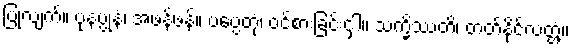
ပြုလျက်။ ပုနပ္ပုနံ၊ အဖန်ဖန်။ ပပ္ပေတုံ၊ ဝင်စားခြင်းငှါ။ သက္ခိဿတိ၊ တတ်နိုင်လတ္တံ့။